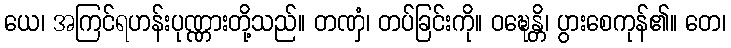
ယေ၊ အကြင်ရဟန်းပုဏ္ဏားတို့သည်။ တဏှံ၊ တပ်ခြင်းကို။ ဝဍ္ဎေန္တိ၊ ပွားစေကုန်၏။ တေ၊